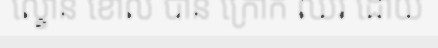
ល្ខោន ខោល បាន ក្រោក ឈរ ដោយ